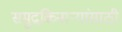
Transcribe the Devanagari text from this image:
समुद्रकिनार्‍यांसाठी